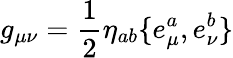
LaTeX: g_{\mu\nu}=\frac 12\eta_{ab}\{ e_{\mu}^{a},e_{\nu}^{b}\}